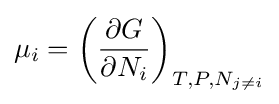
\mu _{i}=\left({\frac {\partial G}{\partial N_{i}}}\right)_{T,P,N_{j\neq i}}